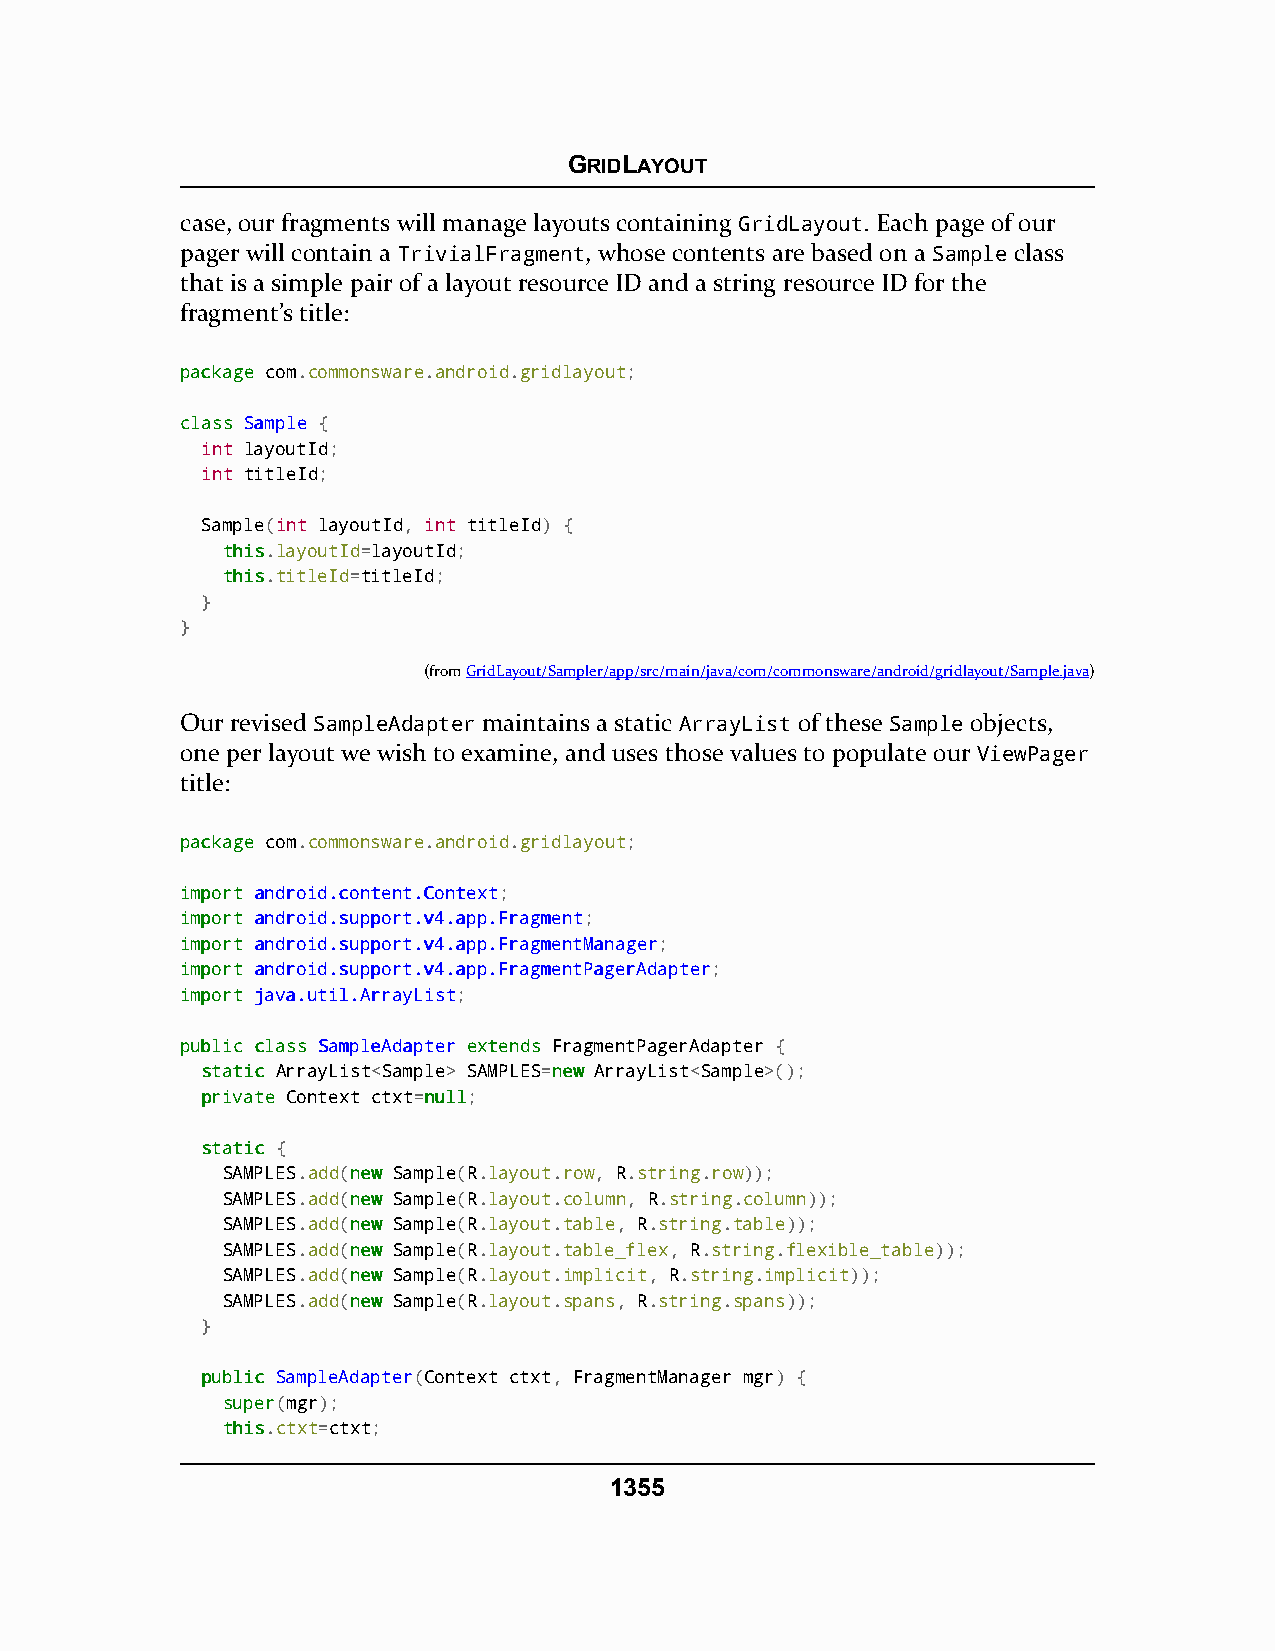
GRIDLAYOUT
 case, our fragments will manage layouts containing GridLayout. Each page of our
 pager will contain a TrivialFragment, whose contents are based on a Sample class
 that is a simple pair of a layout resource ID and a string resource ID for the
 fragment’s title:
 ppaacckkaaggee com.commonsware.android.gridlayout;
 ccllaassss SSaammppllee {
 int layoutId;
 int titleId;
 Sample(int layoutId, int titleId) {
 tthhiiss.layoutId=layoutId;
 tthhiiss.titleId=titleId;
 }
 }
 (fromGridLayout/Sampler/app/src/main/java/com/commonsware/android/gridlayout/Sample.java)
 Our revised SampleAdapter maintains a static ArrayList of these Sample objects,
 one per layout we wish to examine, and uses those values to populate our ViewPager
 title:
 ppaacckkaaggee com.commonsware.android.gridlayout;
 iimmppoorrtt aannddrrooiidd..ccoonntteenntt..CCoonntteexxtt;
 iimmppoorrtt aannddrrooiidd..ssuuppppoorrtt..vv44..aapppp..FFrraaggmmeenntt;
 iimmppoorrtt aannddrrooiidd..ssuuppppoorrtt..vv44..aapppp..FFrraaggmmeennttMMaannaaggeerr;
 iimmppoorrtt aannddrrooiidd..ssuuppppoorrtt..vv44..aapppp..FFrraaggmmeennttPPaaggeerrAAddaapptteerr;
 iimmppoorrtt jjaavvaa..uuttiill..AArrrraayyLLiisstt;
 ppuubblliicc ccllaassss SSaammpplleeAAddaapptteerr eexxtteennddss FragmentPagerAdapter {
 ssttaattiicc ArrayList<Sample> SAMPLES=nneeww ArrayList<Sample>();
 pprriivvaattee Context ctxt=nnuullll;
 ssttaattiicc {
 SAMPLES.add(nneeww Sample(R.layout.row, R.string.row));
 SAMPLES.add(nneeww Sample(R.layout.column, R.string.column));
 SAMPLES.add(nneeww Sample(R.layout.table, R.string.table));
 SAMPLES.add(nneeww Sample(R.layout.table_flex, R.string.flexible_table));
 SAMPLES.add(nneeww Sample(R.layout.implicit, R.string.implicit));
 SAMPLES.add(nneeww Sample(R.layout.spans, R.string.spans));
 }
 ppuubblliicc SampleAdapter(Context ctxt, FragmentManager mgr) {
 ssuuppeerr(mgr);
 tthhiiss.ctxt=ctxt;
 1355